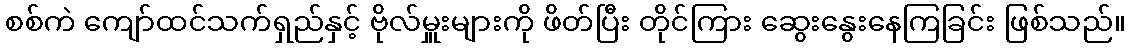
စစ်ကဲ ကျော်ထင်သက်ရှည်နှင့် ဗိုလ်မှူးများကို ဖိတ်ပြီး တိုင်ကြား ဆွေးနွေးနေကြခြင်း ဖြစ်သည်။